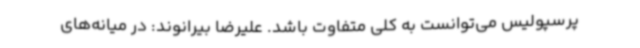
پرسپولیس می‌توانست به کلی متفاوت باشد. علیرضا بیرانوند: در میانه‌های